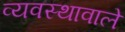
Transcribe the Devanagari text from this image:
व्यवस्थावाले